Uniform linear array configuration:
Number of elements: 12
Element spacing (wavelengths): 0.25
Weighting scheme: blackman
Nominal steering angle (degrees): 45
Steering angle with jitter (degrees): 44.835
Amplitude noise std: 0.05
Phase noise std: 0.05

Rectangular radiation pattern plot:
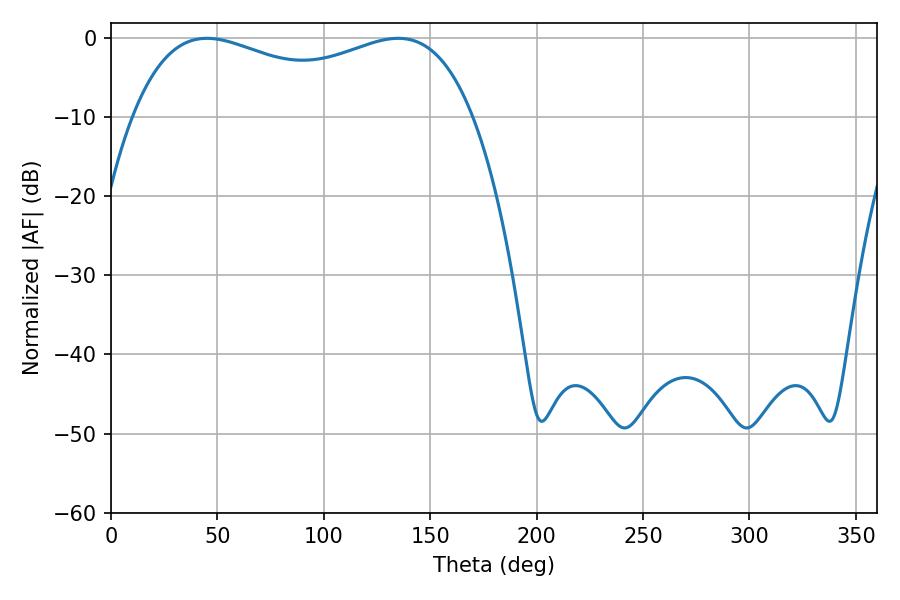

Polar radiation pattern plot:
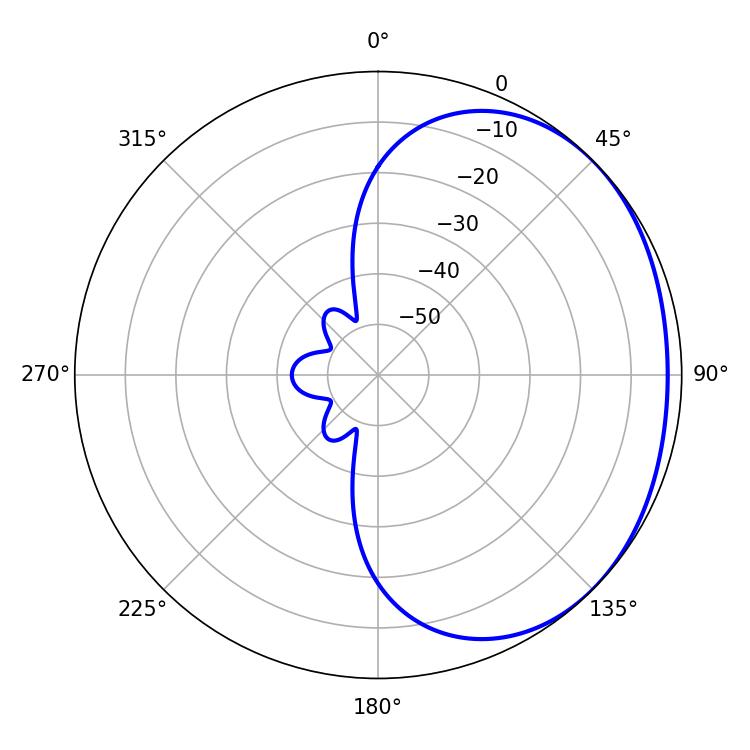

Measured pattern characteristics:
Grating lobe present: FALSE
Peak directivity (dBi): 1.519
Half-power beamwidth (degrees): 131.76
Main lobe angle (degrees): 45